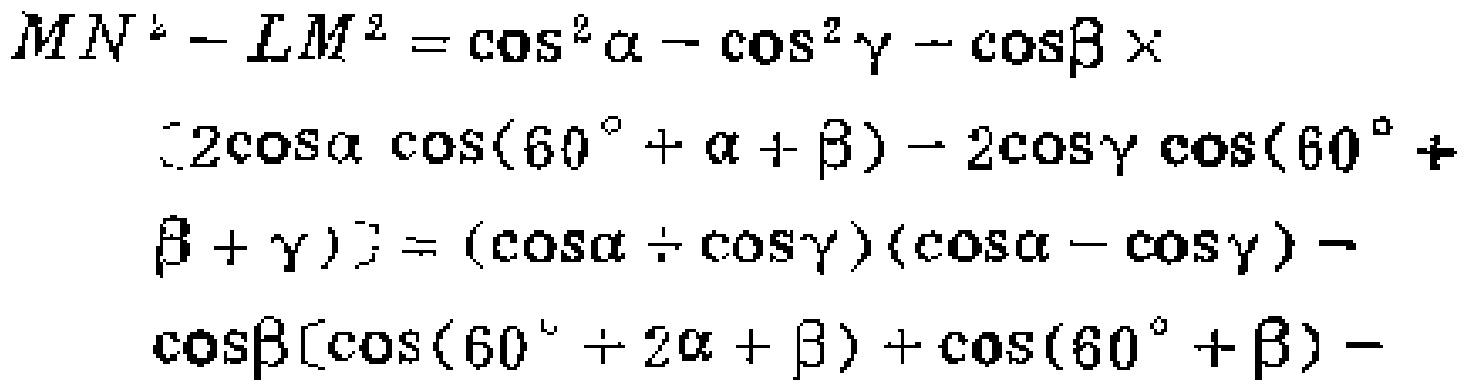
\[
\begin{align*}
MN^{2}-LM^{2}&=\cos^{2}\alpha - \cos^{2}\gamma-\cos\beta\times\\
&[2\cos\alpha\cos(60^{\circ}+\alpha + \beta)-2\cos\gamma\cos(60^{\circ}+\\
&\beta+\gamma)]&=(\cos\alpha+\cos\gamma)(\cos\alpha - \cos\gamma)-\\
&\cos\beta[\cos(60^{\circ}+2\alpha+\beta)+\cos(60^{\circ}+\beta)-
\end{align*}
\]